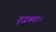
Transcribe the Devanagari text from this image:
वृद्धश्रवाः।